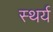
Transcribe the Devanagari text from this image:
स्थर्य